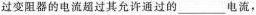
过变阻器的电流超过其允许通过的___电流，